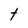
Character: t